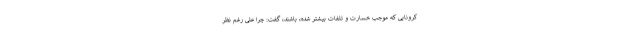
کرونایی که موجب خسارت و تلفات بیشتر شده، باشند، گفت: چرا علی رغم نظر